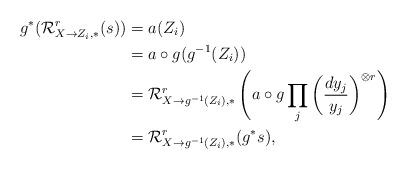
LaTeX: \begin{align*} g^*(\mathcal{R}^{r}_{X \to Z_i, *}(s))&=a(Z_i)\\ &=a \circ g(g^{-1}(Z_i))\\ &= \mathcal{R}^{r}_{X \to g^{-1}(Z_i), *}\left(a \circ g \prod_{j} \bigg(\frac{dy_j}{y_j}\bigg)^{\otimes r}\right)\\ &= \mathcal{R}^{r}_{X \to g^{-1}(Z_i), *}(g^*s),\end{align*}